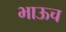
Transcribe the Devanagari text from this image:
भाऊच